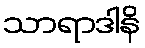
သာရာဒါနိ